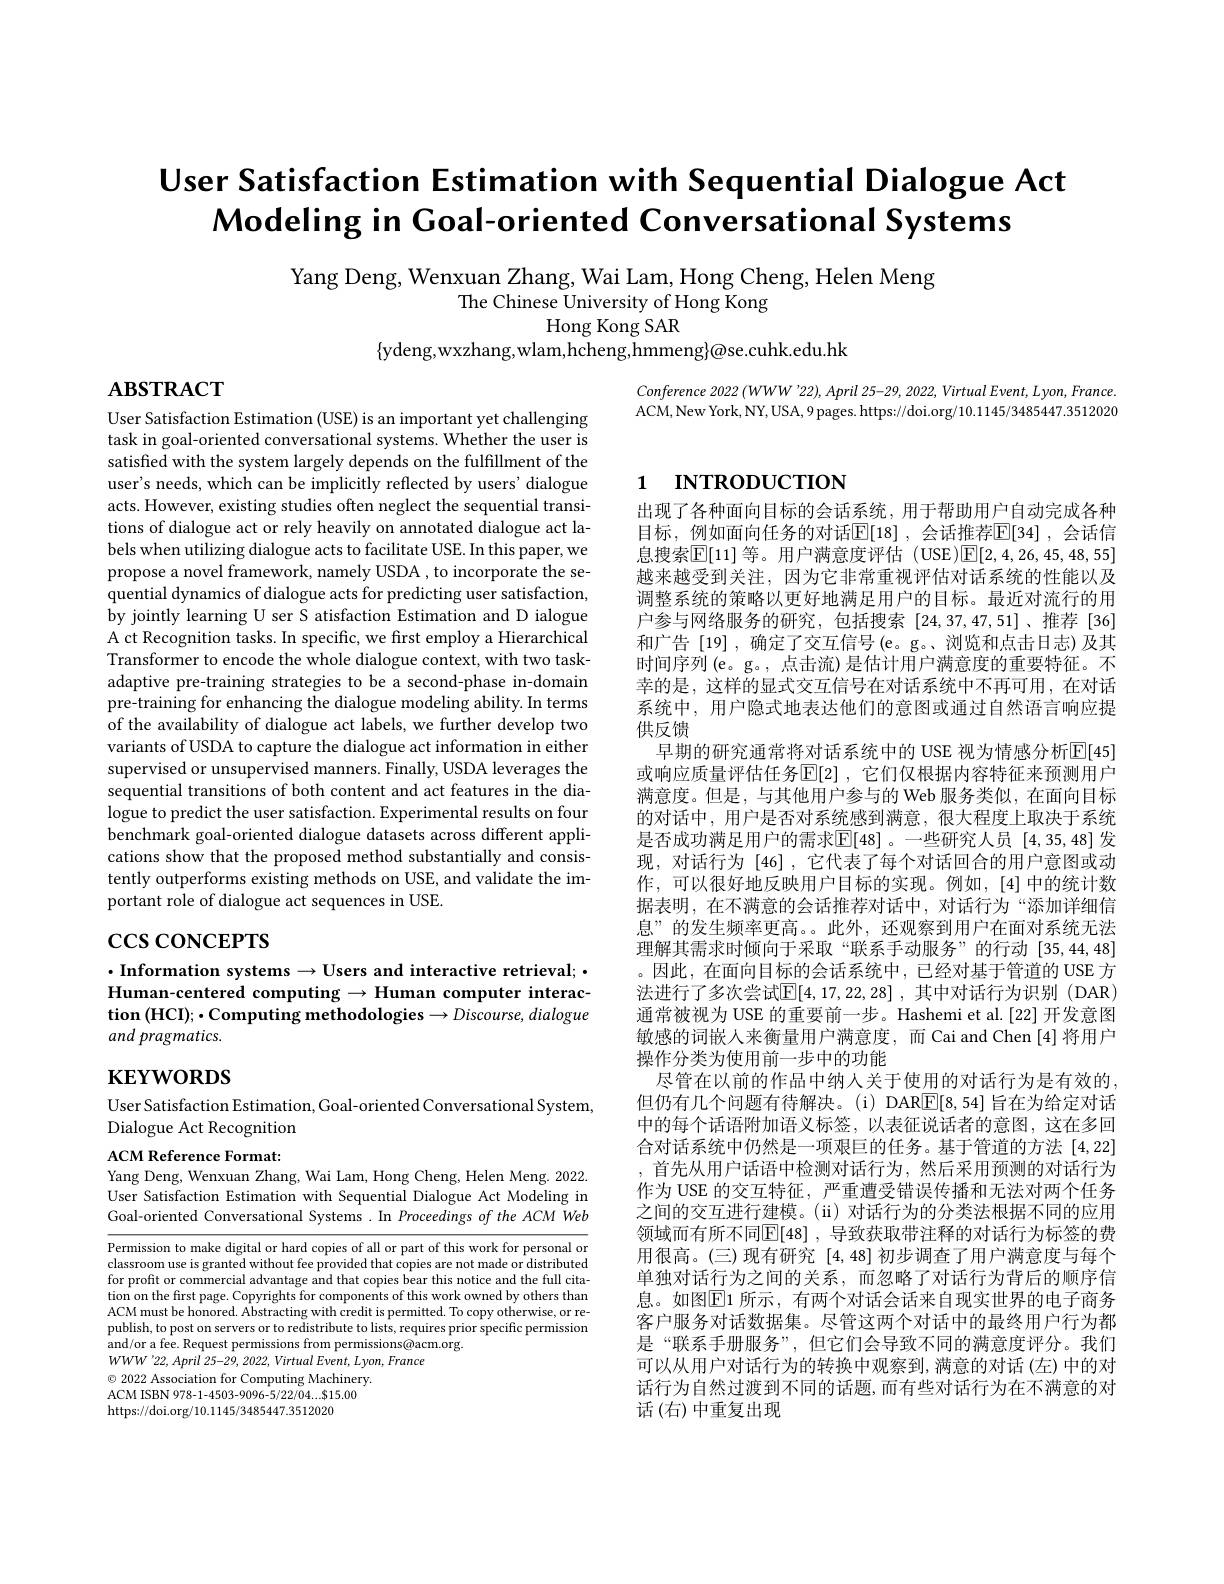
# User Satisfaction Estimation with Sequential Dialogue Act $\textbf{Modeling in Goal- oriented Conversational Systems}$

Yang Deng, Wenxuan Zhang, Wai Lam, Hong Cheng, Helen Meng
The Chinese University of Hong Kong
Hong Kong SAR
$\{$ydeng,wxzhang,wlam,hcheng,hmmeng$\}$@se.cuhk.edu.hk

$\mathbf{ABSTRACT}$

Conference 2022 $( WWW^{\prime }22) $, April 25-29, 2022, Virtual $Event$, $Lyon$, $France.$ ACM,New York, NY, USA, 9 pages. https://doi.org/10.1145/3485447.3512020

# 1 INTRODUCTION

User Satisfaction Estimation (USE) is an important yet challenging task in goal-oriented conversational systems. Whether the user is satisfied with the system largely depends on the fulfillment of the user's needs, which can be implicitly reflected by users' dialogue acts. However, existing studies often neglect the sequential transitions of dialogue act or rely heavily on annotated dialogue act labels when utilizing dialogue acts to facilitate USE. In this paper, we propose a novel framework, namely USDA , to incorporate the sequential dynamics of dialogue acts for predicting user satisfaction, by jointly learning U ser S atisfaction Estimation and D ialogue A ct Recognition tasks. In specific, we first employ a Hierarchical Transformer to encode the whole dialogue context, with two taskadaptive pre-training strategies to be a second-phase in-domain pre-training for enhancing the dialogue modeling ability. In terms of the availability of dialogue act labels, we further develop two variants of USDA to capture the dialogue act information in either supervised or unsupervised manners. Finally, USDA leverages the sequential transitions of both content and act features in the dialogue to predict the user satisfaction. Experimental results on four benchmark goal-oriented dialogue datasets across different applications show that the proposed method substantially and consistently outperforms existing methods on USE, and validate the important role of dialogue act sequences in USE.

# $\csc\cos$concerrs

出现了各种面向目标的会话系统，用于帮助用户自动完成各种目标，例如面向任务的对话$\mathbb{E}[18]$ ,会话推荐$\mathbb{E}[34]$ ,会话信息搜索$\overline{\mathbb{E}}[11]$ 等。用户满意度评估 (USE)$\boxed{\mathbb{E}}[2,4,26,45,48,55]$ 越来越受到关注，因为它非常重视评估对话系统的性能以及调整系统的策略以更好地满足用户的目标。最近对流行的用户参与网络服务的研究，包括搜索[24,37,47,51]、推荐[36] 和广告[19],确定了交互信号(e。g。、浏览和点击日志)及其时间序列 (e。g。, 点击流) 是估计用户满意度的重要特征。不幸的是，这样的显式交互信号在对话系统中不再可用，在对话系统中，用户隐式地表达他们的意图或通过自然语言响应提供反馈
早期的研究通常将对话系统中的 USE 视为情感分析$\overline{\mathrm{E}}[45]$ 或响应质量评估任务$\mathbb{E}[2]$ ,它们仅根据内容特征来预测用户满意度。但是，与其他用户参与的 Web 服务类似，在面向目标的对话中，用户是否对系统感到满意，很大程度上取决于系统是否成功满足用户的需求$\mathbb{E}[48]$ 。一些研究人员 [4,35,48] 发现，对话行为[46],它代表了每个对话回合的用户意图或动作，可以很好地反映用户目标的实现。例如，[4]中的统计数据表明，在不满意的会话推荐对话中，对话行为“添加详细信息”的发生频率更高。此外，还观察到用户在面对系统无法理解其需求时倾向于采取“联系手动服务”的行动[35,44,48] 。因此，在面向目标的会话系统中，已经对基于管道的 USE 方法进行了多次尝试$\mathbb{E}[4,17,22,28]$,其中对话行为识别(DAR) 通常被视为 USE 的重要前一步。Hashemi et al.[22] 开发意图敏感的词嵌人来衡量用户满意度，而 Cai and Chen [4]将用户操作分类为使用前一步中的功能
尽管在以前的作品中纳人关于使用的对话行为是有效的但仍有几个问题有待解决。(i) DAR$\boxed{\mathrm{E}}[8,54]$旨在为给定对话中的每个话语附加语义标签，以表征说话者的意图，这在多回合对话系统中仍然是一项艰巨的任务。基于管道的方法[4,22] ,首先从用户话语中检测对话行为，然后采用预测的对话行为作为 USE 的交互特征，严重遭受错误传播和无法对两个任务之间的交互进行建模。(ii)对话行为的分类法根据不同的应用领域而有所不同$\mathbb{E}[48]$ ,导致获取带注释的对话行为标签的费用很高。(三)现有研究[4,48]初步调查了用户满意度与每个单独对话行为之间的关系，而忽略了对话行为背后的顺序信息。如图$\boxed{\mathrm{E}}1$ 所示，有两个对话会话来自现实世界的电子商务客户服务对话数据集。尽管这两个对话中的最终用户行为都是“联系手册服务”,但它们会导致不同的满意度评分。我们可以从用户对话行为的转换中观察到，满意的对话(左)中的对话行为自然过渡到不同的话题，而有些对话行为在不满意的对话(右)中重复出现

$\cdot$Information systems$\to$Users and interactive retrieval;$\cdot$ Human-centered computing $\to$ Human computer interaction (HCI); · Computing methodologies $\to Discourse,dialogue$## and pragmatics.

# $\mathbf{KEYWORDS}$

User Satisfaction Estimation, Goal-oriented Conversational System,
Dialogue Act Recognition

ACM Reference Format
Yang Deng, Wenxuan Zhang, Wai Lam, Hong Cheng, Helen Meng. 2022.

User Satisfaction Estimation with Sequential Dialogue Act Modeling in Goal-oriented Conversational Systems.In Proceedings of the ACM Web

Permission to make digital or hard copies of all or part of this work for personal or classroom use is granted without fee provided that copies are not made or distributed for profit or commercial advantage and that copies bear this notice and the full citation on the first page. Copyrights for components of this work owned by others than ACM must be honored. Abstracting with credit is permitted. To copy otherwise, or republish, to post on servers or to redistribute to lists, requires prior specific permission and/or a fee. Request permissions from permissions@acm.org.
$WWW^{\prime}22,April~25-29,~2022,~Virtual~Event,~Lyon,~France$
$\odot$ 2022 Association for Computing Machinery. ACM ISBN 978-1-4503-9096-5/22/04...$15.00 https://doi.org/10.1145/3485447.3512020